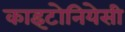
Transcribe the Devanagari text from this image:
काइटोनियेसी